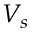
V _ { s }